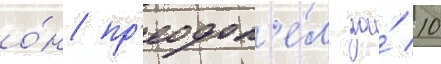
о́н пр'еодол'е́л за́ 10